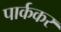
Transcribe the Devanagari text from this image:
पार्ककर